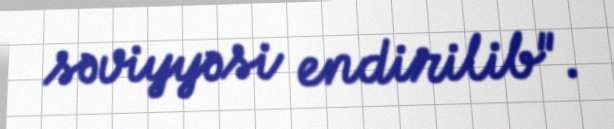
səviyyəsi endirilib".